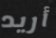
أريد